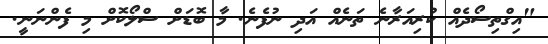
"އިގްތިސޯދެއް ކުރިއަރާނެ ތަނެއް އަދި ނުފެނެ. މާ ބޮޑަށް ސްލޯކޮށް މި ފެންނަނީ.